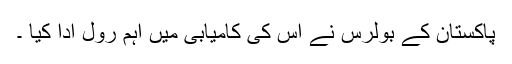
پاکستان کے بولرس نے اس کی کامیابی میں اہم رول ادا کیا ۔